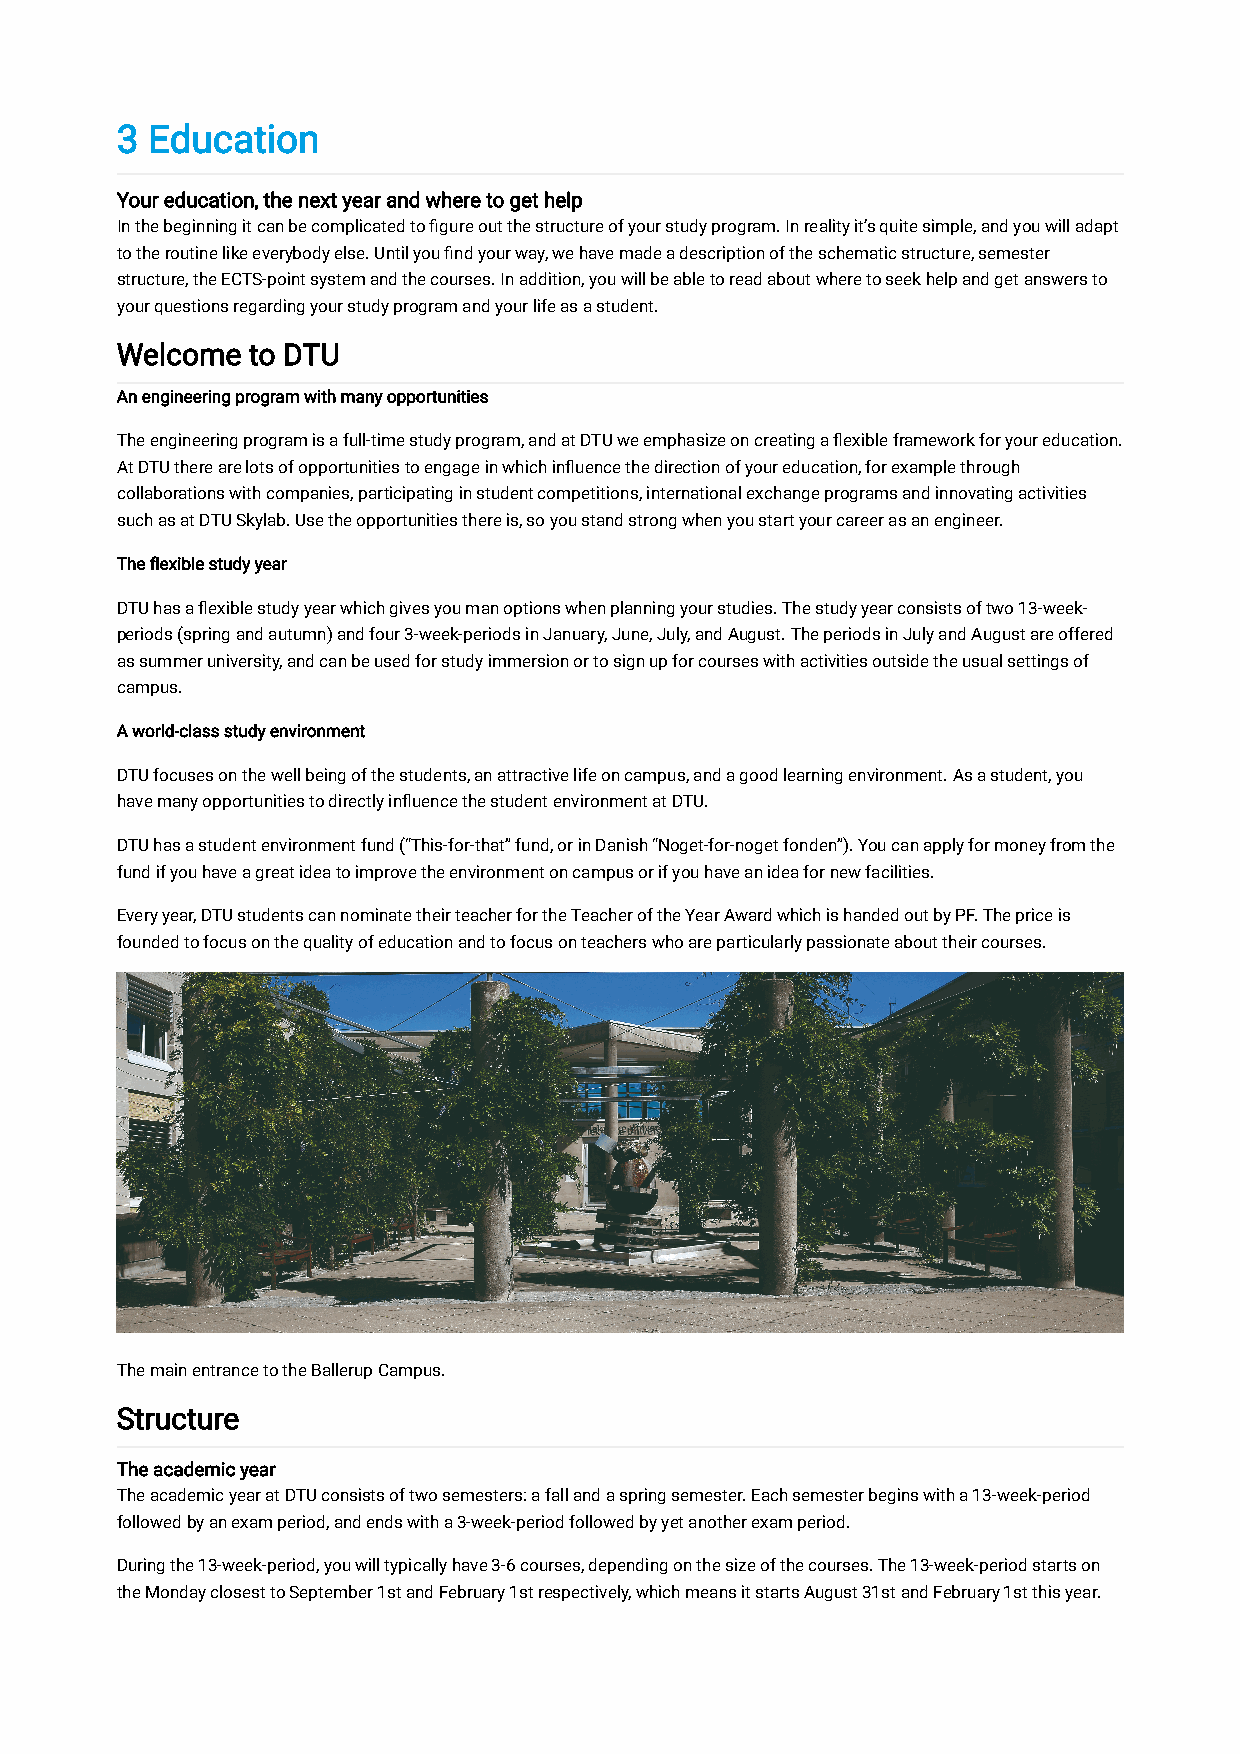
3 Education
 Your education, the next year and where to get help
 In the beginning it can be complicated to figure out the structure of your study program. In reality it’s quite simple, and you will adapt
 to the routine like everybody else. Until you find your way, we have made a description of the schematic structure, semester
 structure, the ECTS-point system and the courses. In addition, you will be able to read about where to seek help and get answers to
 your questions regarding your study program and your life as a student.
 Welcome to DTU
 An engineering program with many opportunities
 The engineering program is a full-time study program, and at DTU we emphasize on creating a flexible framework for your education.
 At DTU there are lots of opportunities to engage in which influence the direction of your education, for example through
 collaborations with companies, participating in student competitions, international exchange programs and innovating activities
 such as at DTU Skylab. Use the opportunities there is, so you stand strong when you start your career as an engineer.
 The flexible study year
 DTU has a flexible study year which gives you man options when planning your studies. The study year consists of two 13-week-
 periods (spring and autumn) and four 3-week-periods in January, June, July, and August. The periods in July and August are offered
 as summer university, and can be used for study immersion or to sign up for courses with activities outside the usual settings of
 campus.
 A world-class study environment
 DTU focuses on the well being of the students, an attractive life on campus, and a good learning environment. As a student, you
 have many opportunities to directly influence the student environment at DTU.
 DTU has a student environment fund (“This-for-that” fund, or in Danish “Noget-for-noget fonden”). You can apply for money from the
 fund if you have a great idea to improve the environment on campus or if you have an idea for new facilities.
 Every year, DTU students can nominate their teacher for the Teacher of the Year Award which is handed out by PF. The price is
 founded to focus on the quality of education and to focus on teachers who are particularly passionate about their courses.
 The main entrance to the Ballerup Campus.
 Structure
 The academic year
 The academic year at DTU consists of two semesters: a fall and a spring semester. Each semester begins with a 13-week-period
 followed by an exam period, and ends with a 3-week-period followed by yet another exam period.
 During the 13-week-period, you will typically have 3-6 courses, depending on the size of the courses. The 13-week-period starts on
 the Monday closest to September 1st and February 1st respectively, which means it starts August 31st and February 1st this year.